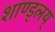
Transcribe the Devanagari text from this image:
शाण्ड्लय्